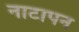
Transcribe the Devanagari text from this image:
नाटापन